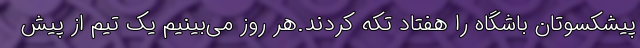
پیشکسوتان باشگاه را هفتاد تکه کردند.هر روز می‌بینیم یک تیم از پیش